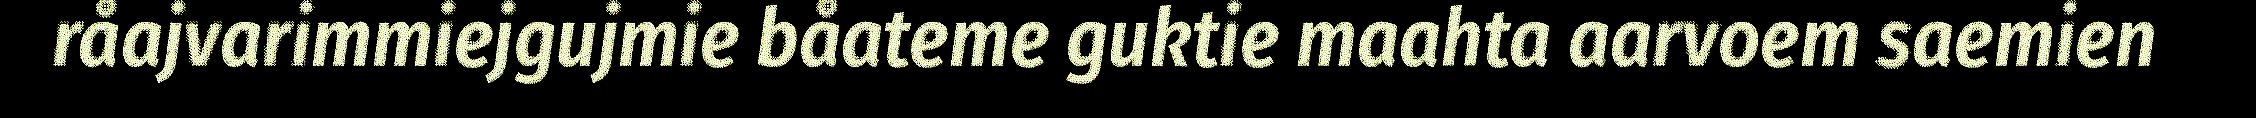
råajvarimmiejgujmie båateme guktie maahta aarvoem saemien